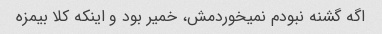
اگه گشنه نبودم نمیخوردمش، خمیر بود و اینکه کلا بیمزه